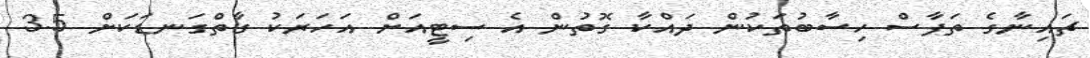
ޗައިނާގެ ތަފާސް ހިސާބުތަކުން ދައްކާ ގޮތުން އެ ސިޓީއަށް އަހަރަކު ގާތްގަނޑަކަށް 3.5